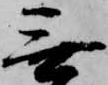
無